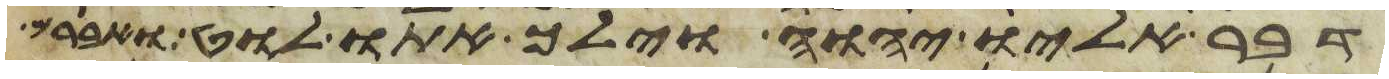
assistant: דבר אליו יהוה וילך אתו לוט ואברם